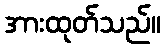
အားထုတ်သည်။